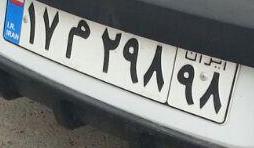
۱۷م۲۹۸۹۸